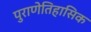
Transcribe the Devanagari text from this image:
पुराणेतिहासिक